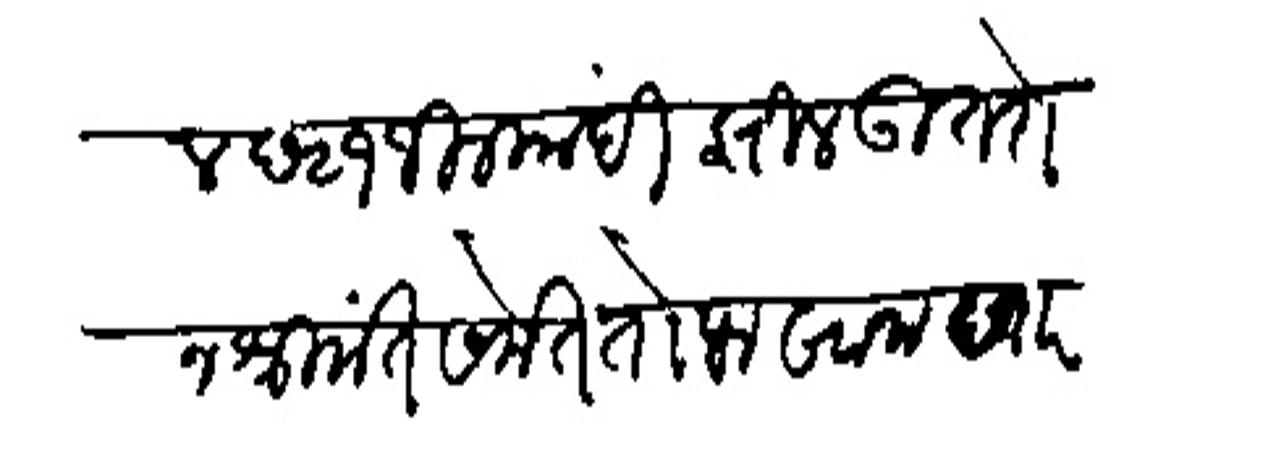
Transliteration (Devanagari): होईल छ २१ जिलकांबी झील उतरोन श्रीमंत समेत तोफखाना खारवे